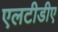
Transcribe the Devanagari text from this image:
एलटीडीए